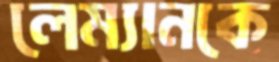
লেম্যানকে